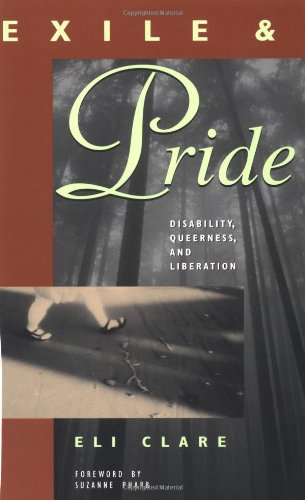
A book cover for Exile and Pride: Disability, Queerness and Liberation; Eli Clare; Gay & Lesbian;